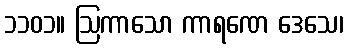
၁၁၀၁။ ဩကာသော ကာရဏေ ဒေသေ၊